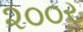
૨૦૦ર